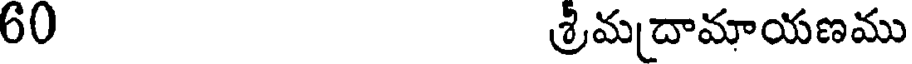
60 శ్రీమదామాయణము